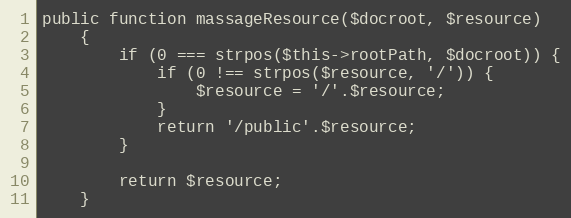
Language: PHP
public function massageResource($docroot, $resource)
    {
        if (0 === strpos($this->rootPath, $docroot)) {
            if (0 !== strpos($resource, '/')) {
                $resource = '/'.$resource;
            }
            return '/public'.$resource;
        }

        return $resource;
    }